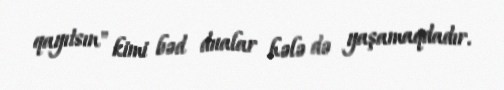
qayıtsın" kimi bəd dualar hələ də yaşamaqdadır.